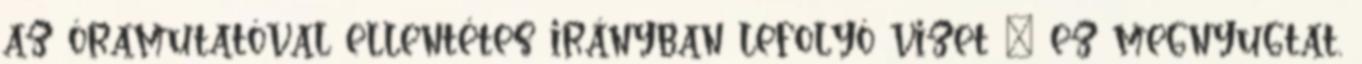
az óramutatóval ellentétes irányban lefolyó vizet – ez megnyugtat,